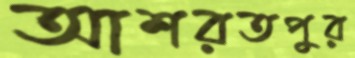
আশরতপুর